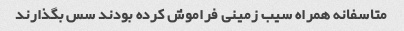
متاسفانه همراه سیب زمینی فراموش کرده بودند سس بگذارند